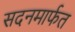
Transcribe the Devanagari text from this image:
सदनमार्फत